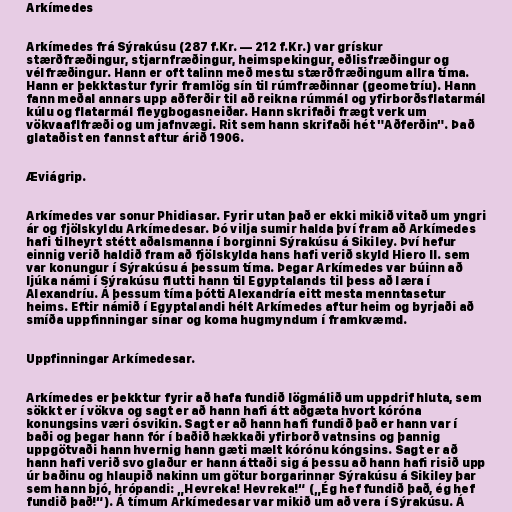
Arkímedes

Arkímedes frá Sýrakúsu (287 f.Kr. — 212 f.Kr.) var grískur
stærðfræðingur, stjarnfræðingur, heimspekingur, eðlisfræðingur og
vélfræðingur. Hann er oft talinn með mestu stærðfræðingum allra tíma.
Hann er þekktastur fyrir framlög sín til rúmfræðinnar (geometríu). Hann
fann meðal annars upp aðferðir til að reikna rúmmál og yfirborðsflatarmál
kúlu og flatarmál fleygbogasneiðar. Hann skrifaði frægt verk um
vökvaaflfræði og um jafnvægi. Rit sem hann skrifaði hét "Aðferðin". Það
glataðist en fannst aftur árið 1906.

Æviágrip.

Arkímedes var sonur Phidiasar. Fyrir utan það er ekki mikið vitað um yngri
ár og fjölskyldu Arkímedesar. Þó vilja sumir halda því fram að Arkímedes
hafi tilheyrt stétt aðalsmanna í borginni Sýrakúsu á Sikiley. Því hefur
einnig verið haldið fram að fjölskylda hans hafi verið skyld Hiero II. sem
var konungur í Sýrakúsu á þessum tíma. Þegar Arkímedes var búinn að
ljúka námi í Sýrakúsu flutti hann til Egyptalands til þess að læra í
Alexandríu. Á þessum tíma þótti Alexandría eitt mesta menntasetur
heims. Eftir námið í Egyptalandi hélt Arkímedes aftur heim og byrjaði að
smíða uppfinningar sínar og koma hugmyndum í framkvæmd.

Uppfinningar Arkímedesar.

Arkímedes er þekktur fyrir að hafa fundið lögmálið um uppdrif hluta, sem
sökkt er í vökva og sagt er að hann hafi átt aðgæta hvort kóróna
konungsins væri ósvikin. Sagt er að hann hafi fundið það er hann var í
baði og þegar hann fór í baðið hækkaði yfirborð vatnsins og þannig
uppgötvaði hann hvernig hann gæti mælt kórónu kóngsins. Sagt er að
hann hafi verið svo glaður er hann áttaði sig á þessu að hann hafi risið upp
úr baðinu og hlaupið nakinn um götur borgarinnar Sýrakúsu á Sikiley þar
sem hann bjó, hrópandi: „Hevreka! Hevreka!“ („Ég hef fundið það, ég hef
fundið það!“). Á tímum Arkímedesar var mikið um að vera í Sýrakúsu. Á